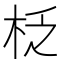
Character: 柉